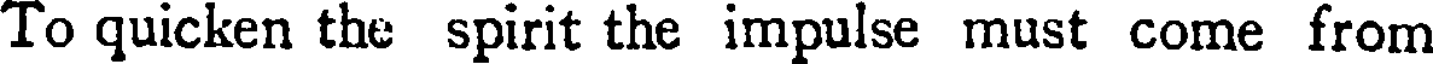
To quicken the spirit the impulse must come from